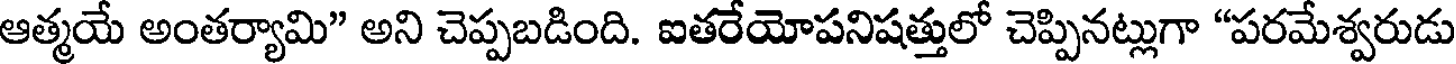
ఆత్మయే అంతర్యామి" అని చెప్పబడింది. ఐతరేయోపనిషత్తులో చెప్పినట్లుగా "పరమేశ్వరుడు